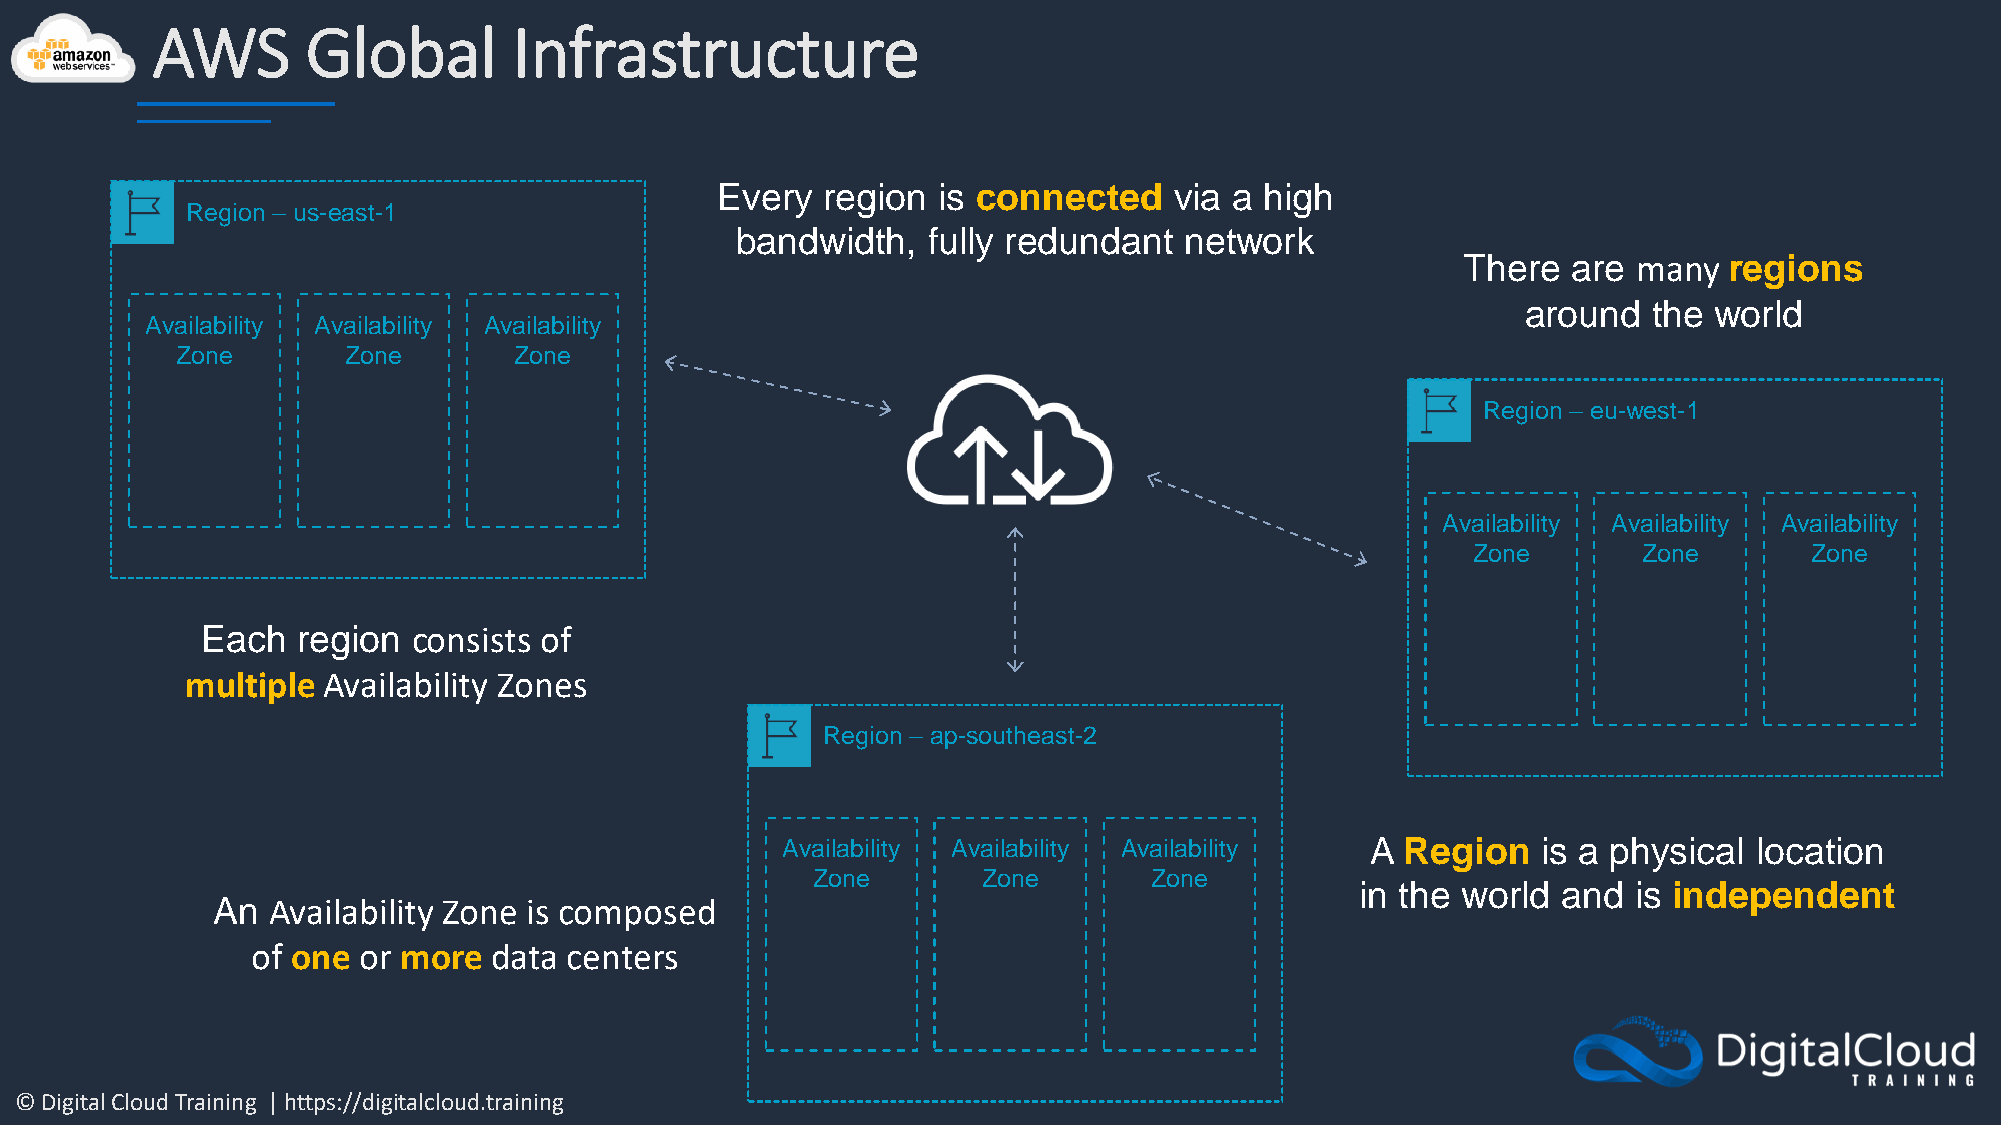
AWS       Global        Infrastructure
 Every  region  is connected    via a high
 Region – us-east-1
 bandwidth,  fully redundant  network
 There  are many  regions
 around  the world
 Availability Availability Availability
 Zone       Zone       Zone
 Region – eu-west-1
 Availability Availability Availability
 Zone        Zone       Zone
 Each   region consists of
 multiple Availability Zones
 Region – ap-southeast-2
 Availability Availability Availability A Region   is a physical location
 Zone       Zone       Zone
 in the world and  is independent
 An  Availability Zone is composed
 of one or more data  centers
 © Digital Cloud Training | https://digitalcloud.training